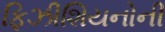
ફિઝીશિયનોની